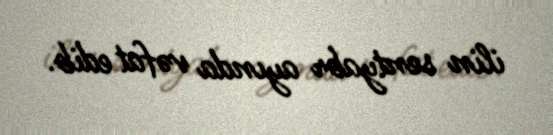
ilin sentyabr ayında vəfat edib.